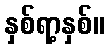
နှစ်ရာ့နှစ်။